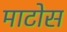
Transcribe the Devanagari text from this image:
माटोस